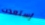
إستعدت